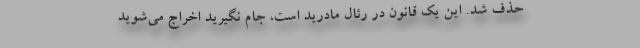
حذف شد. این یک قانون در رئال مادرید است، جام نگیرید اخراج می‌شوید